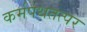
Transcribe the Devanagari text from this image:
कर्मपथतत्पर